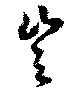
豈